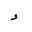
Letter: _waw